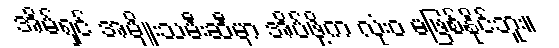
အိမ်ရှင် အမျိုးသမီးဆီမှာ အိပ်ဖို့က လုံးဝ မဖြစ်နိုင်ဘူး။